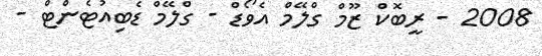
2008 - ރީބޮކް ޒޫމް ގްލޭމް އެވޯޑް - ގްލޭމް ޑެބިއުޓެންޓް -